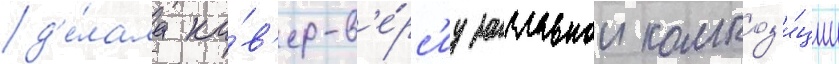
д'е́лала ка́в'ер-в'е́рс'иу заглавнои композ'и́ции